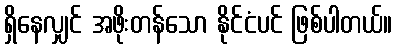
ရှိနေလျှင် အဖိုးတန်သော နိုင်ငံပင် ဖြစ်ပါတယ်။